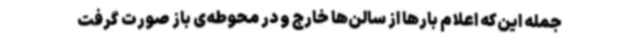
جمله این‌که اعلام بارها از سالن‌ها خارج و در محوطه‌ی باز صورت گرفت